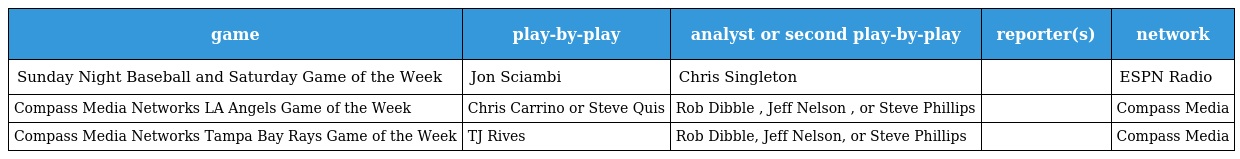
| game | play-by-play | analyst or second play-by-play | reporter(s) | network |
 | --- | --- | --- | --- | --- |
 | Sunday Night Baseball and Saturday Game of the Week | Jon Sciambi | Chris Singleton |  | ESPN Radio |
 | Compass Media Networks LA Angels Game of the Week | Chris Carrino or Steve Quis | Rob Dibble , Jeff Nelson , or Steve Phillips |  | Compass Media |
 | Compass Media Networks Tampa Bay Rays Game of the Week | TJ Rives | Rob Dibble, Jeff Nelson, or Steve Phillips |  | Compass Media |